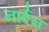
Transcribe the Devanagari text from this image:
नार्दन